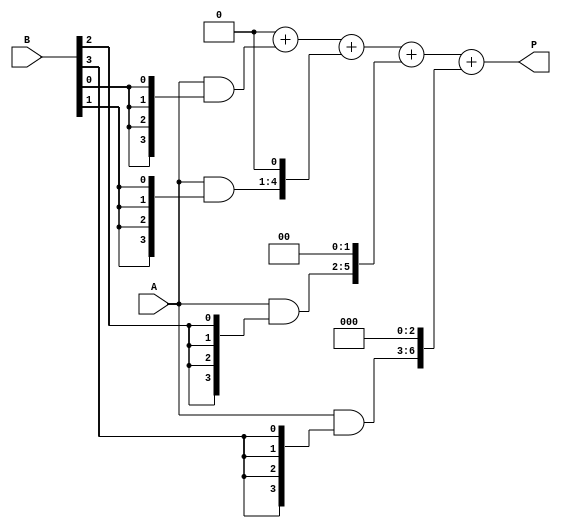
module array_multiplier #(parameter m = 4, n = 4) (
    input [m-1:0] A,         // Multiplicand
    input [n-1:0] B,         // Multiplier
    output reg [m+n-1:0] P   // Product
);

    // Intermediate wires for partial products
    wire [m-1:0] pp [0:n-1]; // Partial product array

    // Generate partial products
    genvar i;
    generate
        for (i = 0; i < n; i = i + 1) begin : pp_gen
            assign pp[i] = A & {m{B[i]}}; // AND A with each bit of B
        end
    endgenerate

    // Sum the partial products
    integer j;
    reg [m+n-1:0] temp_sum [0:n-1]; // Temporary sums for each stage

    always @(*) begin
        // Initialize product to zero
        P = 0;

        // Calculate shifted partial products and accumulate
        for (j = 0; j < n; j = j + 1) begin
            temp_sum[j] = {pp[j], j'b0}; // Shift left by j bits
            P = P + temp_sum[j];         // Accumulate the shifted partial products
        end
    end

endmodule